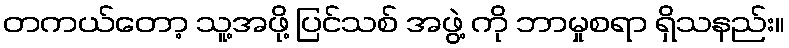
တကယ်တော့ သူ့အဖို့ ပြင်သစ် အဖွဲ့ ကို ဘာမှုစရာ ရှိသနည်း။